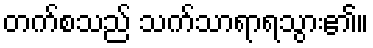
တက်စသည် သက်သာရာရသွား၏။